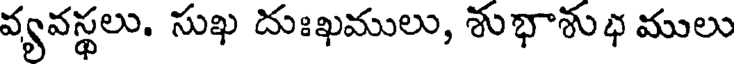
వ్యవస్థలు. సుఖ దుఃఖములు, శుభాశుభ ములు